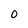
Character: O